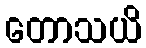
တောသယိ